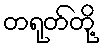
တရုတ်တို့